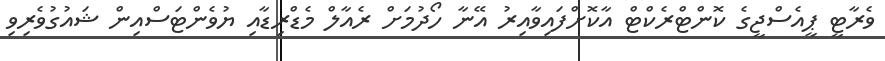
ވެރާޓީ ޕީއެސްޖީގެ ކޮންޓްރެކްޓް އާކޮށްފައިވާއިރު އޭނާ ހޯދުމަށް ރެއާލް މެޑްރިޑާއި ޔުވެންޓަސްއިން ޝައުގުވެރިވި